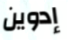
إدوين